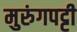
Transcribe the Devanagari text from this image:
मुरुंगपट्टी